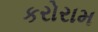
કરોરામ